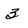
Character: 3